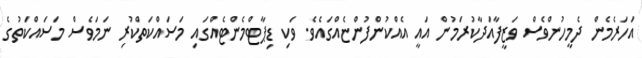
އަހަރެމެން ދެމީހުންވެސް ވަޒީފާއަދާކުރަމުން އައީ އެއްކުންފުންޏެއްގައެވެ. ވަކި ޑިޕާޓްމެންޓެއްގައި މަސައްކަތްކުރި ނަމަވެސް މަސައްކަތުގެ